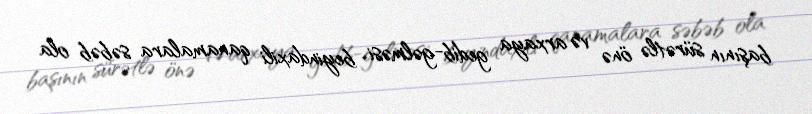
başının sürətlə önə və arxaya gedib-gəlməsi beyindaxili qanamalara səbəb ola